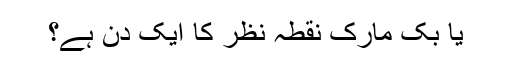
یا بک مارک نقطہ نظر کا ایک دن ہے؟